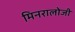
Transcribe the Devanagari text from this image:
मिनरालोजी